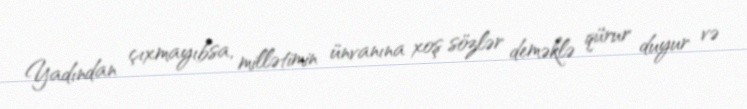
Yadından çıxmayıbsa, millətimin ünvanına xoş sözlər deməklə qürur duyur və